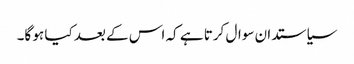
سیاستدان سوال کرتا ہے کہ اس کے بعد کیا ہو گا۔